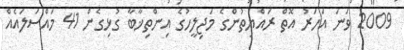
2009 ވަނަ އަހަރު އޮތް ރައްޔިތުންގެ މަޖިލީހުގެ އިންތިޚާބާ ގުޅިގެން 41 މައްސަލައެއް